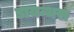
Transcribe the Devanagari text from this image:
डायन्थस